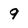
Character: 9